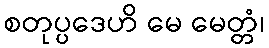
စတုပ္ပဒေဟိ မေ မေတ္တံ၊